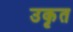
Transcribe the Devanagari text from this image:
उकृत